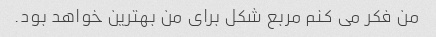
من فکر می کنم مربع شکل برای من بهترین خواهد بود.